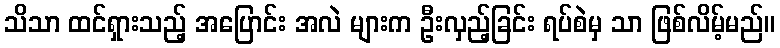
သိသာ ထင်ရှားသည့် အပြောင်း အလဲ များက ဦးလှည့်ခြင်း ရပ်စဲမှ သာ ဖြစ်လိမ့်မည်။